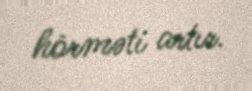
hörməti artır.